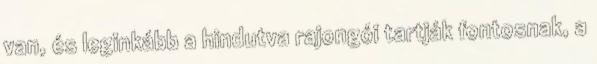
van, és leginkább a hindutva rajongói tartják fontosnak, a